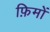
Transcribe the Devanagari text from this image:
फ़िमों